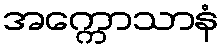
အက္ကောသာနံ